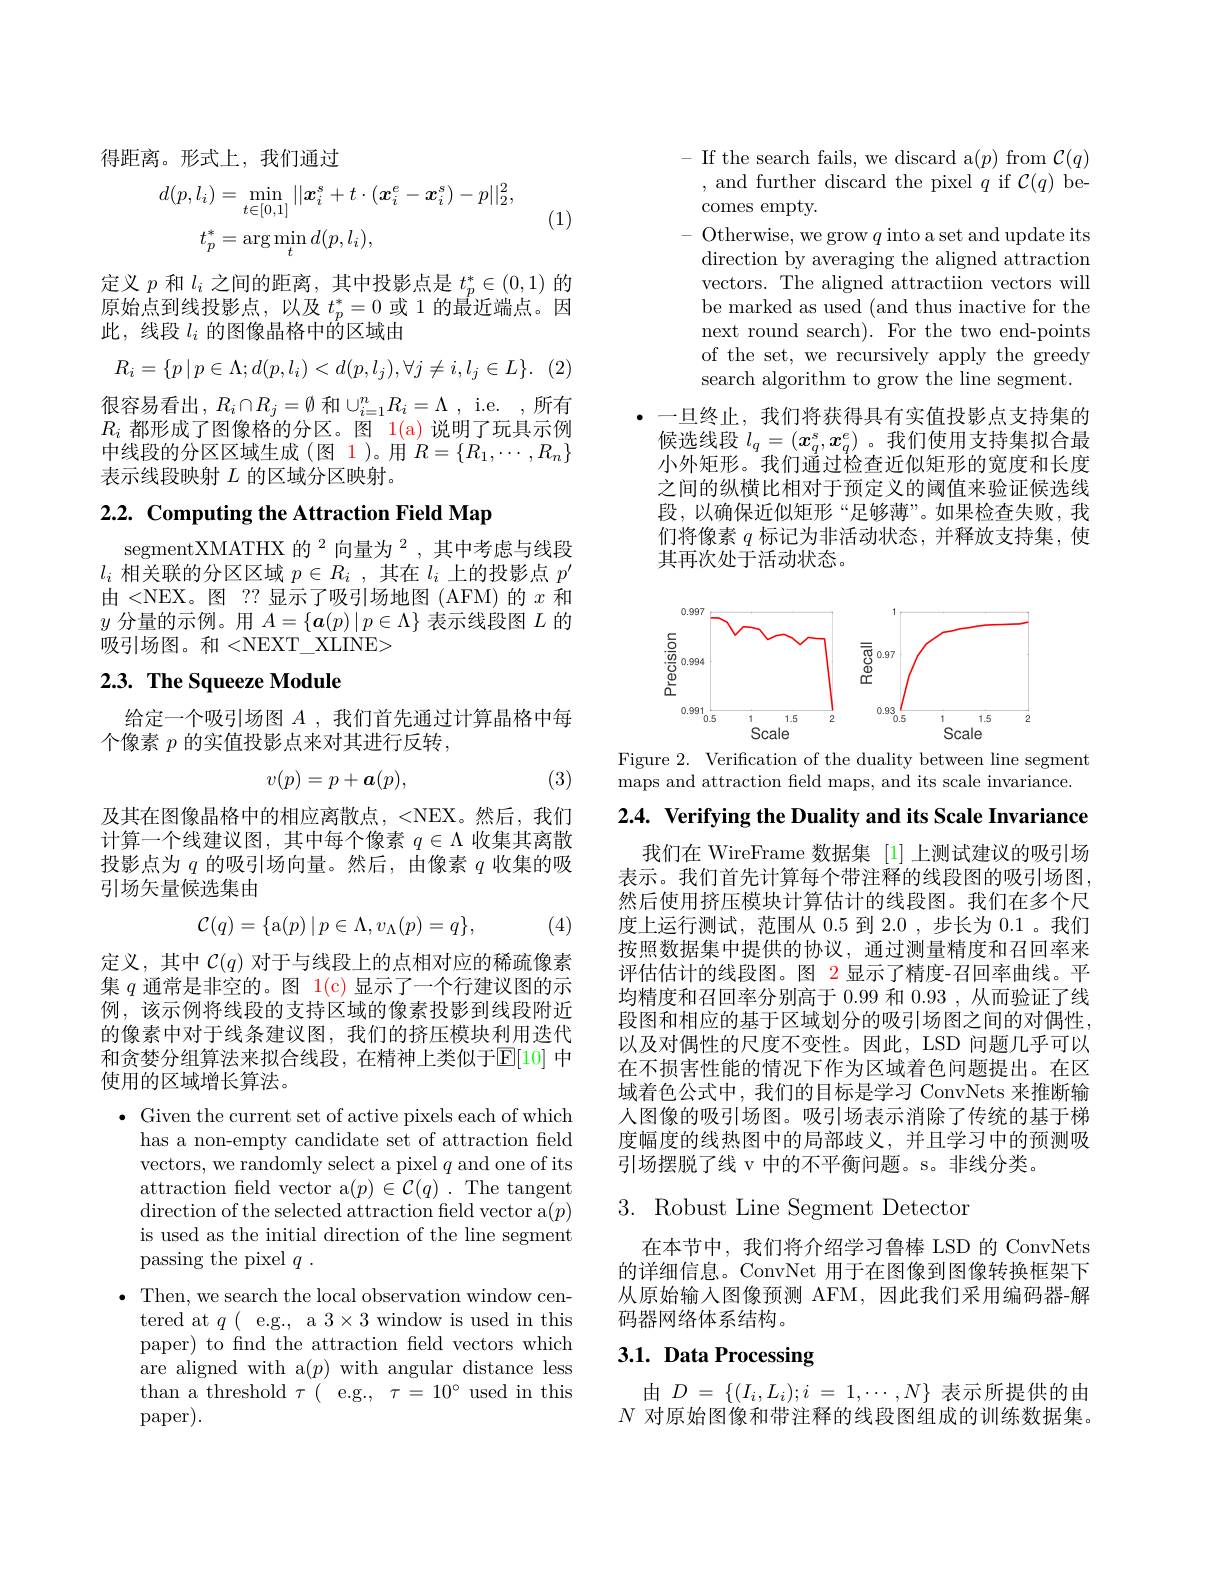
得距离。形式上，我们通过
$$\begin{aligned}d(p,l_{i})&=\min_{t\in[0,1]}||\boldsymbol{x}_{i}^{s}+t\cdot(\boldsymbol{x}_{i}^{e}-\boldsymbol{x}_{i}^{s})-p||_{2}^{2},\\t_{p}^{*}&=\arg\min_{t}d(p,l_{i}),\end{aligned}$$
(1)

定义$p$和$l_i$之间的距离，其中投影点是$t_p^*\in(0,1)$的原始点到线投影点，以及$t_p^*=0$或 1 的最近端点。因

此，线段$l_i$的图像晶格中的区域由
$$R_i=\{p\:|\:p\in\Lambda;d(p,l_i)<d(p,l_j),\forall j\neq i,l_j\in L\}.$$
很容易看出，$R_i\cap R_j=\emptyset$ 和$\cup_i=1^nR_i=\Lambda$ , i.e. ,所有$R_i$都形成了图像格的分区。图$\color{red}1(\mathrm{a})$说明了玩具示例

中线段的分区区域生成(图 1)。用$R=\{R_1,\cdots,R_n\}$
表示线段映射$L$的区域分区映射。

2.2. Computing the Attraction Field Map

segmentXMATHX 的$^{2}$向量为$^{2}$,其中考虑与线段$l_i$相关联的分区区域$p\in R_i$ ,其在$l_i$上的投影点$p^\prime$ 由<NEX。图 ?? 显示了吸引场地图 (AFM) 的$x$和$y$分量的示例。用$A=\{\boldsymbol{a}(p)\mid p\in\Lambda\}$表示线段图$L$的吸引场图。和 <NEXT\_XLINE>

## $2. 3. \textbf{ The Squeeze Module}$

给定一个吸引场图$A$ ,我们首先通过计算晶格中每
个像素 $p$ 的实值投影点来对其进行反转，

(3)
$$v(p)=p+\boldsymbol{a}(p),$$
及其在图像晶格中的相应离散点，<NEX。然后，我们计算一个线建议图，其中每个像素$q\in\Lambda$收集其离散投影点为$q$的吸引场向量。然后，由像素$q$收集的吸引场矢量候选集由
$$\mathcal{C}(q)=\{\mathrm{a}(p)\mid p\in\Lambda,v_{\Lambda}(p)=q\},$$
(4)

定义，其中$\mathcal{C}(q)$对于与线段上的点相对应的稀疏像素集$q$通常是非空的。图 1(c) 显示了一个行建议图的示例，该示例将线段的支持区域的像素投影到线段附近的像素中对于线条建议图，我们的挤压模块利用迭代和贪婪分组算法来拟合线段，在精神上类似于$\mathbb{E}[10]$ 中使用的区域增长算法。

$\bullet$ Given the current set of active pixels each of which
has a non-empty candidate set of attraction feld vectors, we randomly select a pixel $q$ and one of its attraction feld vector a$(p)\in\mathcal{C}(q).$ The tangent direction of the selected attraction field vector a$(p)$ is used as the initial direction of the line segment passing the pixel $q$ .
$\bullet$ Then, we search the local observation window cen-
tered at $q($ e.g., a 3$\times3$ window is used in this paper) to find the attraction field vectors which are aligned with a$(p)$ with angular distance less ${\mathrm{than~a~threshold~}\tau}({\mathrm{e.g.,~}\tau=10^{\circ}{\mathrm{~used~in~this}}}$ paper).

$-{\mathrm{~If~the~search~fails,~we~discard~a}}(p){\mathrm{~from~}\mathcal{C}}(q)$
,and further discard the pixel $q$ if $\mathcal{C}(q)$ be-
comes empty.
Otherwise, we grow $q$ into a set and update its direction by averaging the aligned attraction vectors. The aligned attractiion vectors will be marked as used (and thus inactive for the next round search). For the two end-points of the set, we recursively apply the greedy search algorithm to grow the line segment.

·一旦终止，我们将获得具有实值投影点支持集的候选线段$l_q=(x_q^s,x_q^e)$ 。我们使用支持集拟合最小外矩形。我们通过检查近似矩形的宽度和长度之间的纵横比相对于预定义的阈值来验证候选线段，以确保近似矩形“足够薄”。如果检查失败，我们将像素$q$标记为非活动状态，并释放支持集，使其再次处于活动状态。

<FigureHere>

Figure 2. Verification of the duality between line segment
maps and attraction feld maps, and its scale invariance.

$2. 4. \textbf{ Verifying the Duality and its Scale Invariance}$

我们在 WireFrame 数据集 [1] 上测试建议的吸引场表示。我们首先计算每个带注释的线段图的吸引场图然后使用挤压模块计算估计的线段图。我们在多个尺度上运行测试，范围从 0.5 到 2.0 ,步长为 0.1 。我们按照数据集中提供的协议，通过测量精度和召回率来评估估计的线段图。图 2 显示了精度-召回率曲线。平均精度和召回率分别高于 0.99 和0.93,从而验证了线段图和相应的基于区域划分的吸引场图之间的对偶性， 以及对偶性的尺度不变性。因此，LSD 问题几乎可以在不损害性能的情况下作为区域着色问题提出。在区域着色公式中，我们的目标是学习 ConvNets 来推断输人图像的吸引场图。吸引场表示消除了传统的基于梯度幅度的线热图中的局部歧义，并且学习中的预测吸引场摆脱了线 v 中的不平衡问题。s。非线分类。

## 3. Robust Line Segment Detector

在本节中，我们将介绍学习鲁棒 LSD 的 ConvNets 的详细信息。ConvNet 用于在图像到图像转换框架下从原始输入图像预测 AFM,因此我们采用编码器-解码器网络体系结构。

# 3.1. Data Processing

由$D= \{ ( I_i, L_i) ; i$ = $1, \cdots , N\}$表示所提供的由$N$对原始图像和带注释的线段图组成的训练数据集。